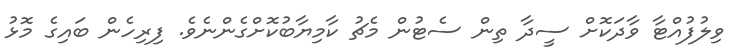
ވިލުފުއްޓާ ވާދަކޮށް ސީދާ ތިން ސެޓުން މެޗު ކާމިޔާބުކޮށްގެންނެވެ. ފިރިހެން ބައިގެ މޮޅު